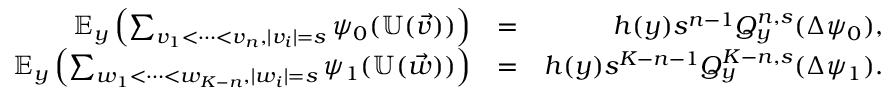
\begin{array} { r l r } { \mathbb { E } _ { y } \left( \sum _ { v _ { 1 } < \cdots < v _ { n } , | v _ { i } | = s } \psi _ { 0 } ( \mathbb { U } ( \vec { v } ) ) \right) } & { = } & { h ( y ) s ^ { n - 1 } Q _ { y } ^ { n , s } ( \Delta \psi _ { 0 } ) , } \\ { \mathbb { E } _ { y } \left( \sum _ { w _ { 1 } < \cdots < w _ { K - n } , | w _ { i } | = s } \psi _ { 1 } ( \mathbb { U } ( \vec { w } ) ) \right) } & { = } & { h ( y ) s ^ { K - n - 1 } Q _ { y } ^ { K - n , s } ( \Delta \psi _ { 1 } ) . } \end{array}